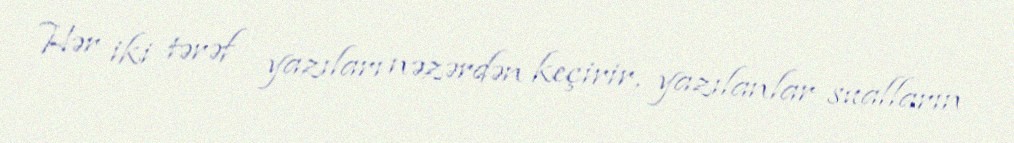
Hər iki tərəf yazıları nəzərdən keçirir, yazılanlar sualların